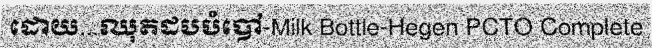
ដោយ...ឈុតដបបំបៅ-Milk Bottle-Hegen PCTO Complete